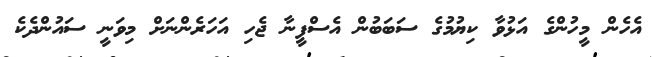
އެހެން މީހުންގެ އަޅުވާ ކިޔުމުގެ ސަބަބުން އެސްފީނާ ޖެހި އަހަރެންނަށް މިވަނީ ސައުންދެކެ